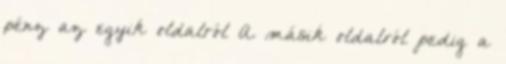
pénz az egyik oldalról A másik oldalról pedig a